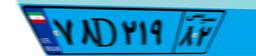
۷۸D۲۱۹۸۲